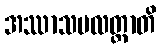
အဿာသမလတ္ထာတိ